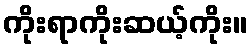
ကိုးရာကိုးဆယ့်ကိုး။